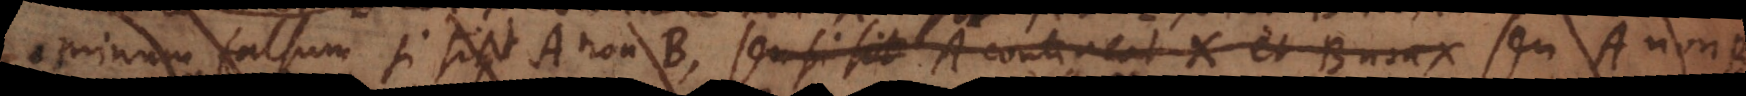
minum falsum si sit fiat A non‐B, seu si sit A contineat X et B non‐X seu A non‐B